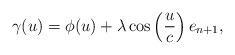
LaTeX: \begin{align*}\gamma (u)=\phi (u)+\lambda \cos \left( \frac{u}{c}\right) e_{n+1},\end{align*}